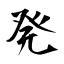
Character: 発